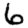
Digit: 6